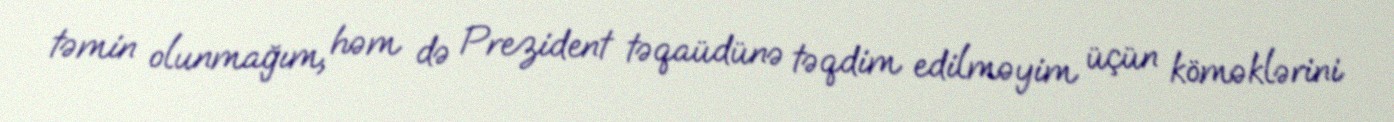
təmin olunmağım, həm də Prezident təqaüdünə təqdim edilməyim üçün köməklərini